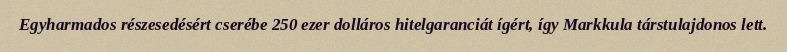
Egyharmados részesedésért cserébe 250 ezer dolláros hitelgaranciát ígért, így Markkula társtulajdonos lett.